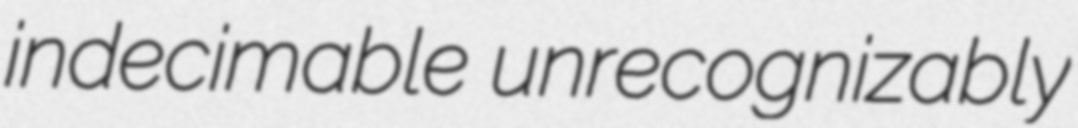
indecimable unrecognizably